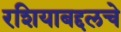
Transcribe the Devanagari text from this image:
रशियाबद्दलचे